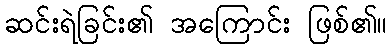
ဆင်းရဲခြင်း၏ အကြောင်း ဖြစ်၏။